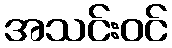
အသင်းဝင်